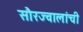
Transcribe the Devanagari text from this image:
सौरज्वालांची